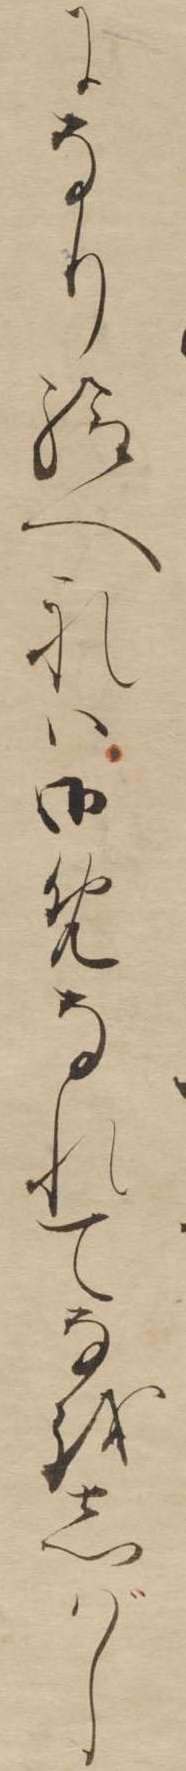
になり給へれは御めなれてなをしばし